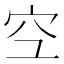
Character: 𫞹